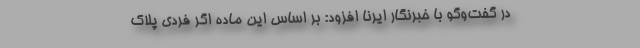
در گفت‌وگو با خبرنگار ایرنا افزود: بر اساس این ماده اگر فردی پلاک